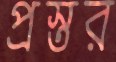
প্রস্তর